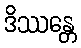
ဒိဿန္တေ